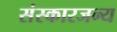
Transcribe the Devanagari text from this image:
संस्कारजन्य